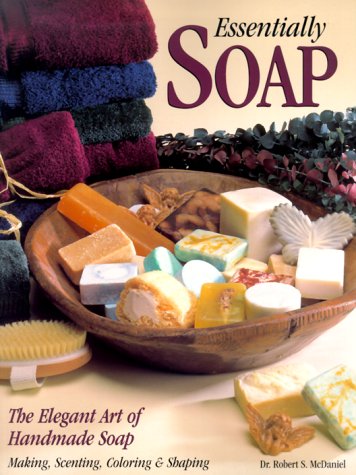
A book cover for Essentially Soap: The Elegant Art of Handmade Soap Making, Scenting, Coloring & Shaping; Robert S. McDaniel; Crafts, Hobbies & Home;